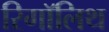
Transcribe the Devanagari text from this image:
रिगॉलिथ